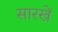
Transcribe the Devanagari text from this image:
सारखें